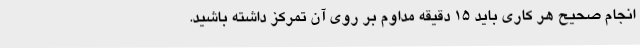
انجام صحیح هر کاری باید 15 دقیقه مداوم بر روی آن تمرکز داشته باشید.